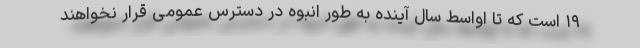
۱۹ است که تا اواسط سال آینده به طور انبوه در دسترس عمومی قرار نخواهند